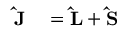
\begin{array} { r l } { \mathbf { \hat { J } } } & { { } = \mathbf { \hat { L } } + \mathbf { \hat { S } } } \end{array}